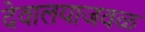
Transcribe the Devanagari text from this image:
देवालयाजवळ